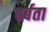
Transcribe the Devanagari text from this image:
बर्बता